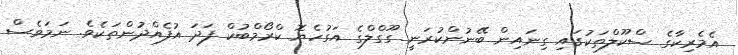
އެމެރިކާގެ ސްކޫލްތަކުގައި ގިނައިން ބޭނުންކުރަނީ ގޫގްލްގެ އަގުހެޔޮ ކްރޯމްބުކް ފަދަ އުފެއްދުންތަކެވެ. ނަމަވެސް